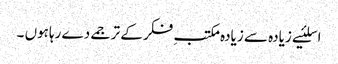
اسلئیے زیادہ سے زیادہ مکتبِ فکر کے ترجمے دے رہاہوں ۔